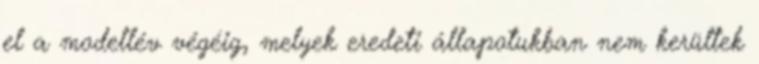
el a modellév végéig, melyek eredeti állapotukban nem kerültek